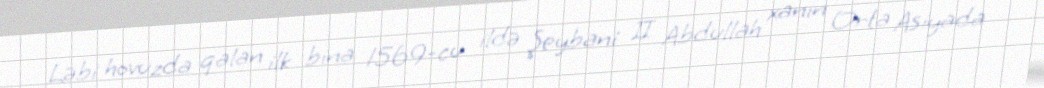
Ləbi hovuzda qalan ilk bina 1569-cu ildə Şeybani II Abdullah xanın Orta Asiyada